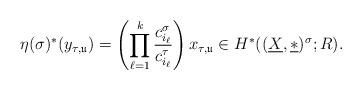
LaTeX: \begin{align*}\eta(\sigma)^*(y_{\tau,\mathfrak{u}})=\left(\prod^k_{\ell=1}\frac{c_{i_{\ell}}^{\sigma}}{c_{i_{\ell}}^{\tau}}\right)x_{\tau,\mathfrak{u}}\in H^*((\underline{X},\underline{\ast})^{\sigma};R).\end{align*}